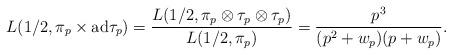
LaTeX: \begin{align*} L(1/2,\pi_p\times \mathrm{ad}\tau_p) = \frac{L(1/2,\pi_p\otimes \tau_p\otimes \tau_p)}{L(1/2,\pi_p)} = \frac{p^3}{(p^2+w_p)(p+w_p)}.\end{align*}